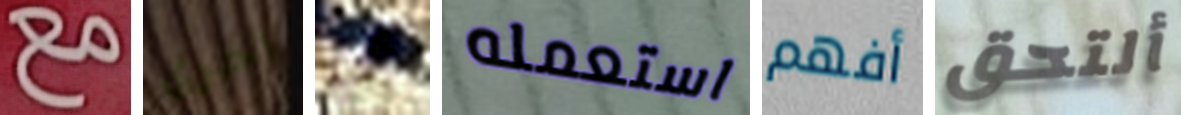
مع اخرى هي استعمله أفهم ألتحق